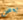
بعض